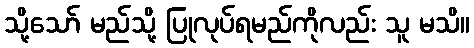
သို့သော် မည်သို့ ပြုလုပ်ရမည်ကိုလည်း သူ မသိ။